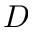
D